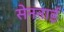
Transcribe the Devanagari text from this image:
सेननाई